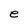
Character: e